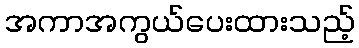
အကာအကွယ်ပေးထားသည့်